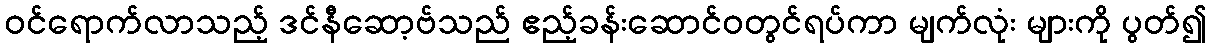
ဝင်ရောက်လာသည့် ဒင်နီဆော့ဗ်သည် ဧည့်ခန်းဆောင်ဝတွင်ရပ်ကာ မျက်လုံး များကို ပွတ်၍